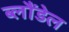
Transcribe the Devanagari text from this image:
ब्लौंडेल